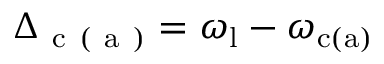
\Delta _ { \mathrm { ~ c ~ } ( \mathrm { ~ a ~ } ) } = \omega _ { \mathrm { l } } - \omega _ { \mathrm { c ( a ) } }